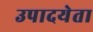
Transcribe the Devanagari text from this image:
उपादयेता